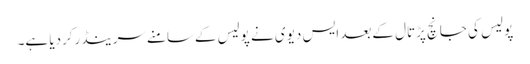
پولیس کی جانچ پڑتال کےبعد ایس دیوی نے پولیس کےسامنےسرینڈرکردیا ہے۔